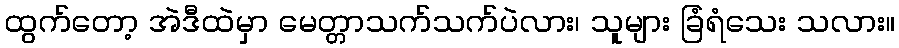
ထွက်တော့ အဲဒီထဲမှာ မေတ္တာသက်သက်ပဲလား၊ သူများ ခြံရံသေး သလား။